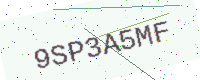
Text: 9SP3A5MF